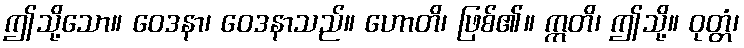
ဤသို့သော။ ဝေဒနာ၊ ဝေဒနာသည်။ ဟောတိ၊ ဖြစ်၏။ ဣတိ၊ ဤသို့။ ဝုတ္တံ၊